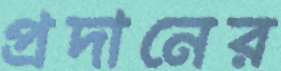
প্রদানের